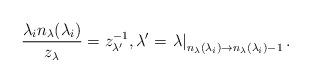
LaTeX: \begin{align*}\frac{\lambda_i n_\lambda(\lambda_i)}{z_\lambda} = z_{\lambda^\prime}^{-1}, \lambda^\prime = \left. \lambda\right|_{n_\lambda(\lambda_i) \rightarrow n_\lambda(\lambda_i) -1}.\end{align*}